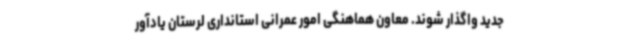
جدید واگذار شوند. معاون هماهنگی امور عمرانی استانداری لرستان یادآور